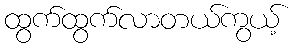
ထွက်ထွက်လာတယ်ကွယ့်